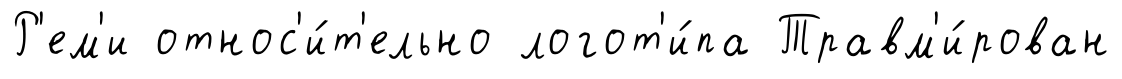
Р'ем'и относ'и́т'ельно логот'и́па Травм'и́рован